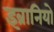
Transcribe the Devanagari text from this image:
इब्रानियो